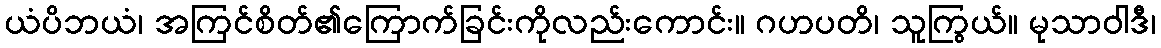
ယံပိဘယံ၊ အကြင်စိတ်၏ကြောက်ခြင်းကိုလည်းကောင်း။ ဂဟပတိ၊ သူကြွယ်။ မုသာဝါဒီ၊